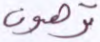
ترهبون